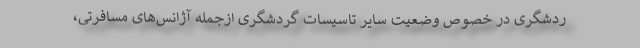
ردشگری در خصوص وضعیت سایر تاسیسات گردشگری ازجمله آژانس‌های مسافرتی،